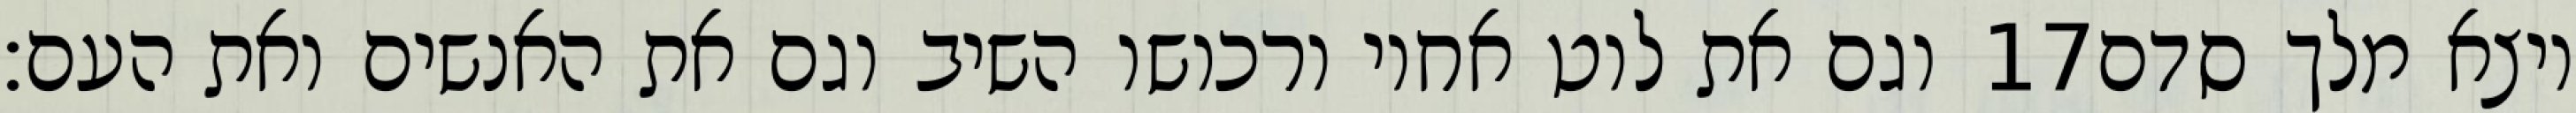
וגם את לוט אחיו ורכושו השיב וגם את האנשים ואת העם׃ ‎17‏ ויצא מלך סדם